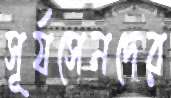
সূর্যসেনদের